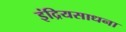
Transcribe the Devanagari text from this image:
इंद्रियसाधना